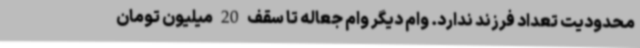
محدودیت تعداد فرزند ندارد. وام دیگر وام جعاله تا سقف 20 میلیون تومان